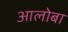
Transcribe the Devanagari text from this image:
आलोबा